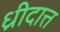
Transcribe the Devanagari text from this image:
ध्रीदात्त